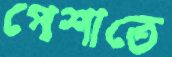
পেশাতে